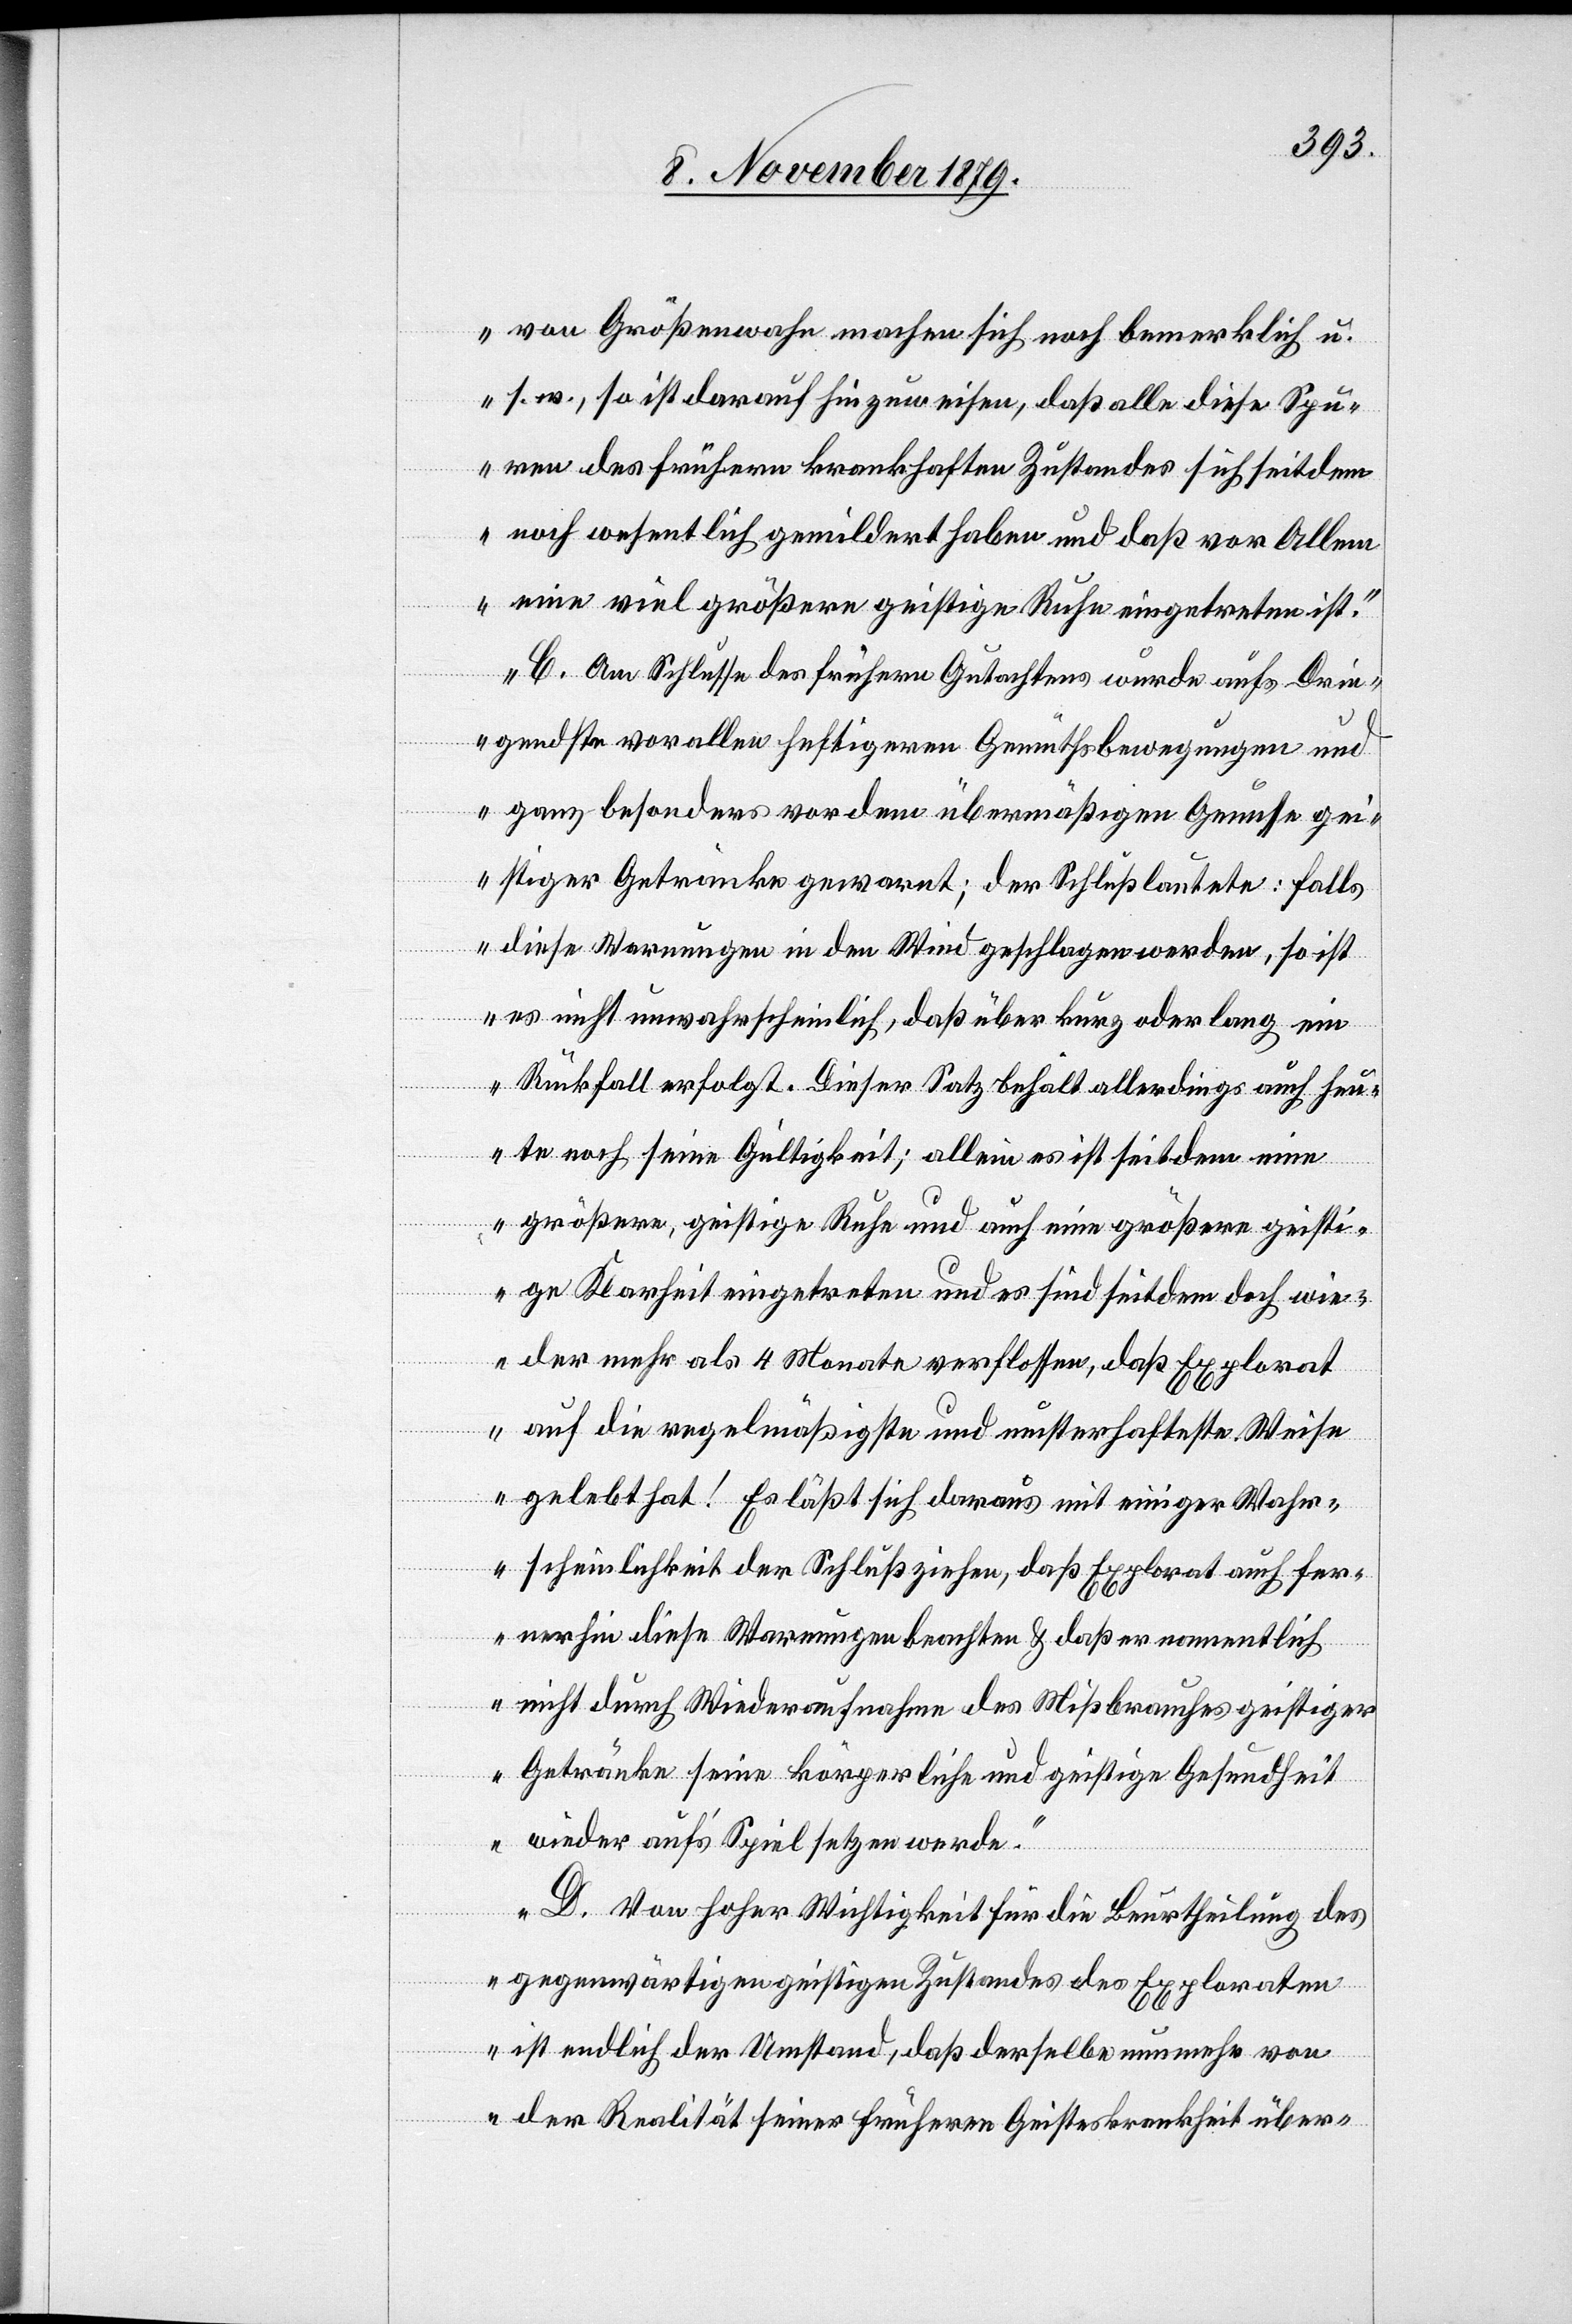
von Größenwahn machen sich noch bemerklich u.
s. w., so ist darauf hinzuweisen, daß alle diese Spu¬
ren des frühern krankhaften Zustandes sich seitdem
noch wesentlich gemildert haben und daß vor Allem
eine viel größere geistige Ruhe eingetreten ist.
C. Am Schlusse des frühern Gutachtens wurde aufs Drin¬
gendste allen heftigeren Gemüthsbewegungen und
ganz besonders vor dem übermäßigen Genusse ge¬
istiger Getränke gewarnt; der Schluß lautete: falls
diese Warnungen in den Wind geschlagen werden, so ist
es nicht unwahrscheinlich, daß über kurz oder lang ein
Rückfall erfolgt. Dieser Satz behält allerdings auch heu¬
te noch seine Gültigkeit: Allein es ist seitdem eine
größere, geistige Ruhe und auch eine größere geisti¬
ge Klarheit eingetreten und es sind seitdem doch wie¬
der mehr als 4 Monate verflossen, daß Explorat
auf die regelmäßigste und musterhafteste Weise
gelebt hat! Es läßt sich daraus mit einiger Wahr¬
scheinlichkeit der Schluß ziehen, daß Explorat auch fer¬
ner hin diese Warnungen beachten & daß er namentlich
nicht durch Wiederaufnahme des Mißbrauches geistiger
Getränke seine körperliche und geistige Gesundheit
wieder auf’s Spiel setzen werde.
D. Von hoher Wahrscheinlichkeit für die Beurtheilung des
ist endlich der Umstand, daß derselbe nunmehr von
der Realität seiner früheren Geisteskrankheit über-